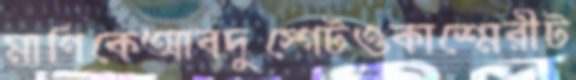
মাণিকেআবদুস্গেটওকাশ্মেরীট